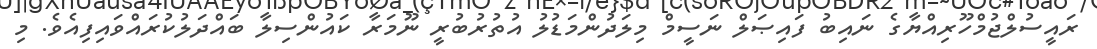
ރައީސުލްޖުމްހޫރިއްޔާގެ ނައިބު ފައިޞަލް ނަސީމް މިލަދުންމަޑުލު އުތުރުބުރީ ނޫމަރާ ކައުންސިލާ ބައްދަލުކުރައްވައިފިއެވެ. މި